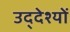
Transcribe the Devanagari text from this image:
उद्‌देश्यों